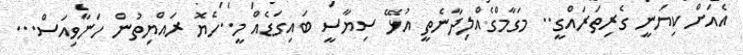
އެއަށް ކިޔަނީ ގެރިތަރައްގީ.. މަގާމްގެއްލިދާނެތީ އުޅޭ ސިޔާސީ ބައިގަޑެއް މީ..ހެޔޮ ރައްޔިތުން ހަނާވިއަސް...